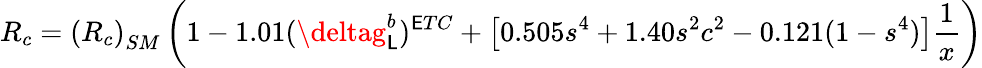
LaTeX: R_{c}=\left(R_{c}\right)_{SM}\left(1-1.01(\deltag_{\mathsf{L}}^{b})^{\mathsf{E}TC}+\left[0.505s^{4}+1.40s^{2}c^{2}-0.121(1-s^{4})\right]{\frac{{1}}{{x}}}\right)